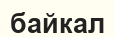
байкал